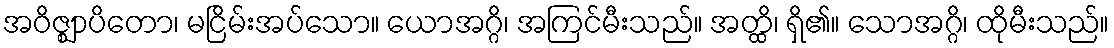
အဝိဇ္ဈာပိတော၊ မငြိမ်းအပ်သော။ ယောအဂ္ဂိ၊ အကြင်မီးသည်။ အတ္ထိ၊ ရှိ၏။ သောအဂ္ဂိ၊ ထိုမီးသည်။